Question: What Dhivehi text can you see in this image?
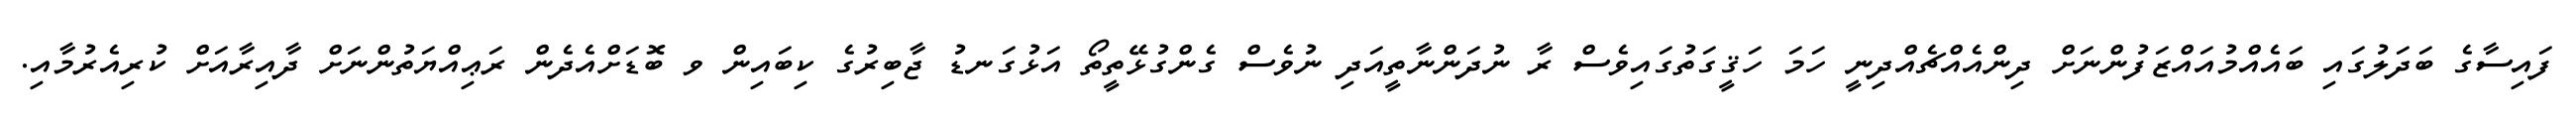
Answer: ފައިސާގެ ބަދަލުގައި ބައެއްމުއައްޒަފުންނަށް ދިންއެއްޗެއްދިނީ ހަމަ ހަޤީގަތުގައިވެސް ރާ ނުދަންނާތީއަދި ނުވެސް ގެންގުޅޭތީތޯ އަޅުގަނޑު ޖާބިރުގެ ކިބައިން ވ ބޮޑަށްއެދެން ރަޢިއްޔަތުންނަށް ދާއިރާއަށް ކުރިއެރުމާއި.